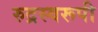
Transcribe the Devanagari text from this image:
रुद्रस्वरूपी